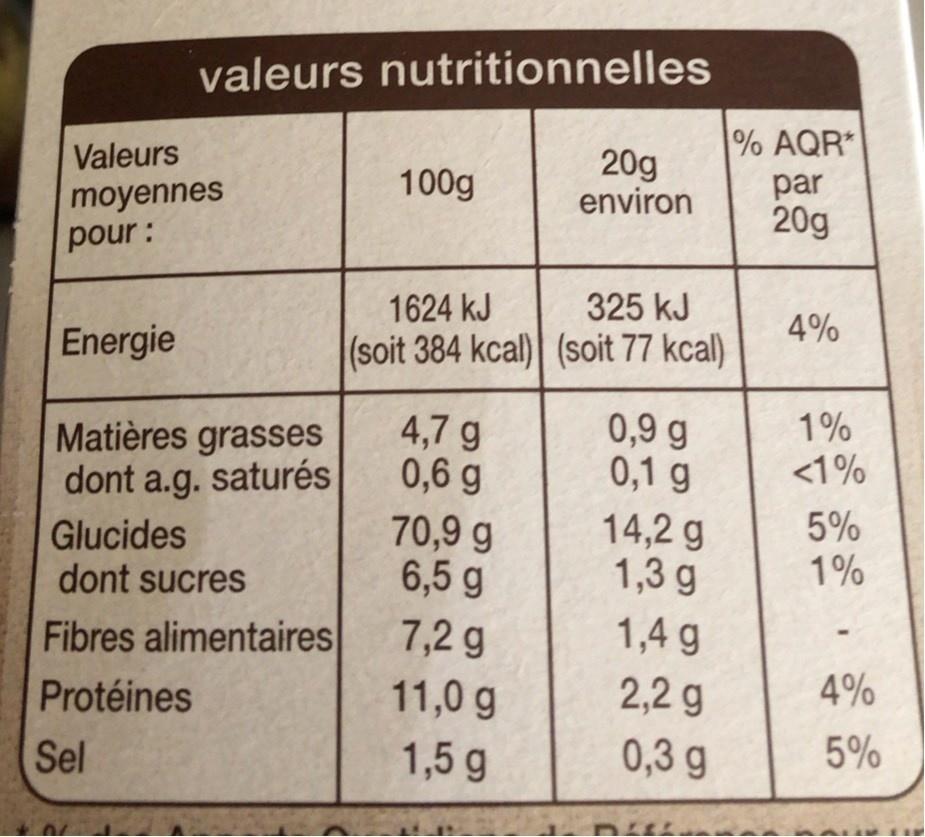
valeurs nutritionnelles
% AQR*
Valeurs
moyennes pour:
100g
20g environ
par 20g
1624 kJ
325 kJ
4%
Energie
(soit 384 kcal) (soit 77 kcal)
0,9 g 0,1 g
1% <1%
4,7 g 0,6 g 70,9 g 6,5 g
Matières grasses dont a.g. saturés
Glucides dont sucres
14,2 g 1,3 g
5% 1%
Fibres alimentaires
7,2 g
1,4 g 2,2 g
Protéines
11,0 g
4%
Sel
1,5 g
0,3 g
5%